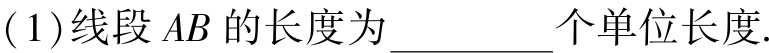
(1)线段 \(AB\) 的长度为________个单位长度.